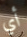
أي